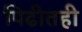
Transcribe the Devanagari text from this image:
पिढीतही